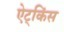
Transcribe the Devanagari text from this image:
ऐट्किंस